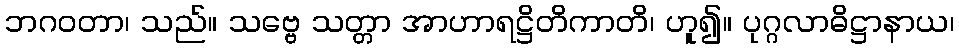
ဘဂဝတာ၊ သည်။ သဗ္ဗေ သတ္တာ အာဟာရဋ္ဌိတိကာတိ၊ ဟူ၍။ ပုဂ္ဂလာဓိဋ္ဌာနာယ၊